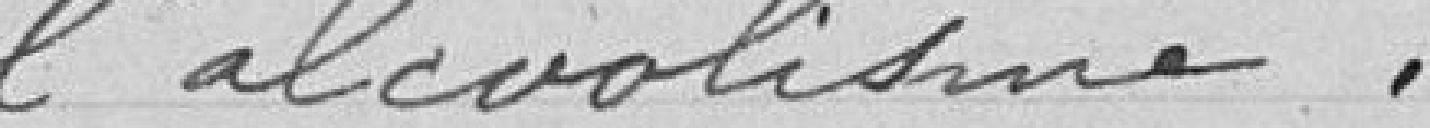
l'alcoolisme.